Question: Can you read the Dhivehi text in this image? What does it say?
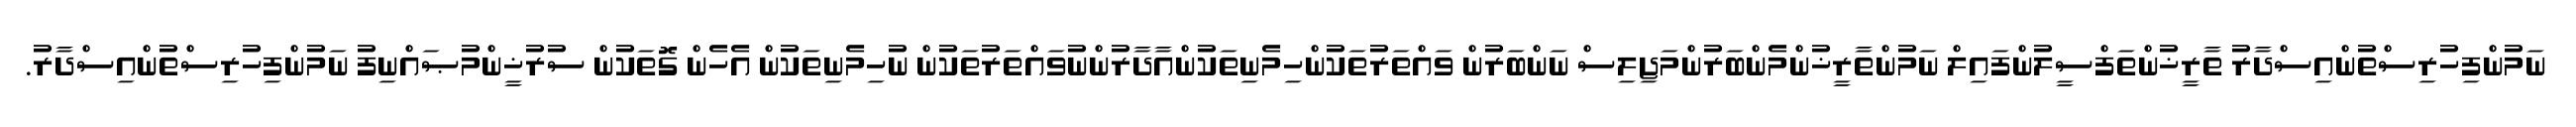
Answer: ނަމުންފިހުރިސްތުންއިސްދާރު ތާރީޚުންތަފްސީލުންފައިލް ނަމުންތާރީޚުންމެންބަރުންމަޖިލިސް ނަންބަރުން ވައްތަރުތަކުންހިމެނިތަކުންއާދާރުންނުވައްތަރުތަކުން ނުހިމެނިތަކުން އެހެން ގޮތަކުން ސުރުޚީންމުޞައްނިފު ނަމުންފިހުރިސްތުންއިސްދާރު.